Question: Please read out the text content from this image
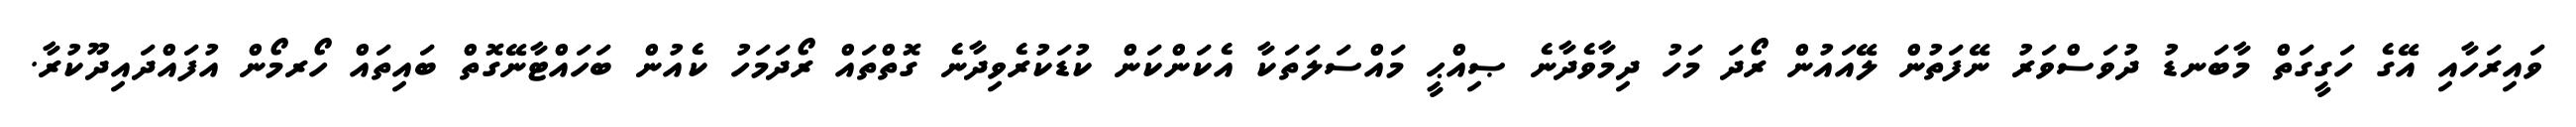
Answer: ވައިރަހާއި އޭގެ ހަގީގަތް މާބަނޑު ދުވަސްވަރު ނޭފަތުން ލޭއައުން ރޯދަ މަހު ދިމާވެދާނެ ޞިއްޙީ މައްސަލަތަކާ އެކަންކަން ކުޑަކުރެވިދާނެ ގޮތްތައް ރޯދަމަހު ކެއުން ބަހައްޓާނޭގޮތް ބައިތައް ހޯރމޯން އުފައްދައިދޫކުރާ.